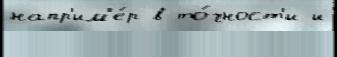
напр'им'е́р в то́чност'и и